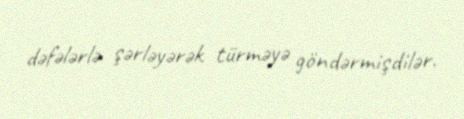
dəfələrlə şərləyərək türməyə göndərmişdilər.